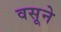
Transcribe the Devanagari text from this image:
वसूने